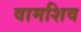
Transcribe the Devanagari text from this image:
वामशिव